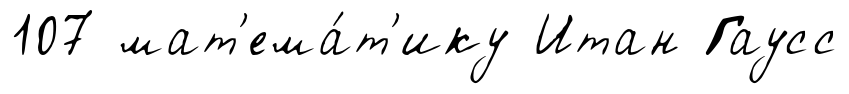
107 мат'ема́т'ику Итан Гаусс